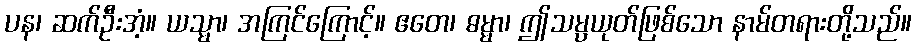
ပန၊ ဆက်ဦးအံ့။ ယသ္မာ၊ အကြင်ကြောင့်။ ဧတေ၊ ဓမ္မာ၊ ဤသမ္ပယုတ်ဖြစ်သော နာမ်တရားတို့သည်။